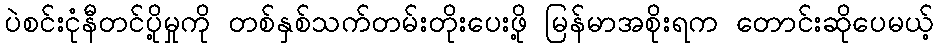
ပဲစင်းငုံနီတင်ပို့မှုကို တစ်နှစ်သက်တမ်းတိုးပေးဖို့ မြန်မာအစိုးရက တောင်းဆိုပေမယ့်